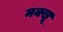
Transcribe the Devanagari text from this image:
मक्खू